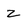
Character: Z